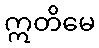
ဣတိမေ